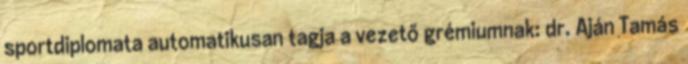
sportdiplomata automatikusan tagja a vezető grémiumnak: dr. Aján Tamás